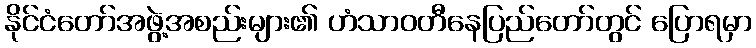
နိုင်ငံတော်အဖွဲ့အစည်းများ၏ ဟံသာဝတီနေပြည်တော်တွင် ပြောရမှာ